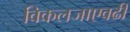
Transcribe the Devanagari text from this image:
विकलजाएवढी